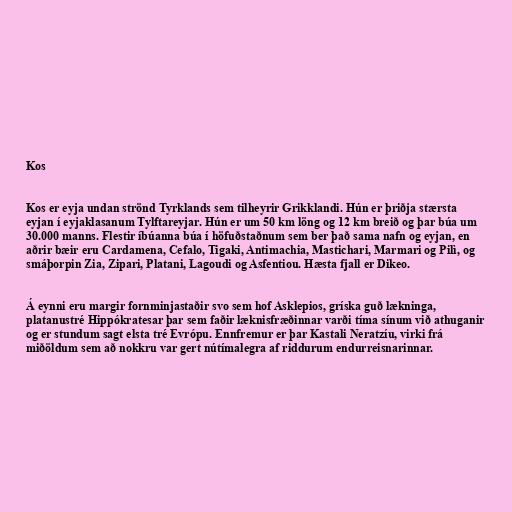
Kos

Kos er eyja undan strönd Tyrklands sem tilheyrir Grikklandi. Hún er þriðja stærsta
eyjan í eyjaklasanum Tylftareyjar. Hún er um 50 km löng og 12 km breið og þar búa um
30.000 manns. Flestir íbúanna búa í höfuðstaðnum sem ber það sama nafn og eyjan, en
aðrir bæir eru Cardamena, Cefalo, Tigaki, Antimachia, Mastichari, Marmari og Pilì, og
smáþorpin Zia, Zipari, Platani, Lagoudi og Asfentiou. Hæsta fjall er Dikeo.

Á eynni eru margir fornminjastaðir svo sem hof Asklepios, gríska guð lækninga,
platanustré Hippókratesar þar sem faðir læknisfræðinnar varði tíma sínum við athuganir
og er stundum sagt elsta tré Evrópu. Ennfremur er þar Kastali Neratzíu, virki frá
miðöldum sem að nokkru var gert nútímalegra af riddurum endurreisnarinnar.